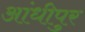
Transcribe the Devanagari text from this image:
आंधीपुर